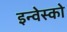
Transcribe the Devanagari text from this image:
इन्वेस्को